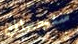
ستجعلك